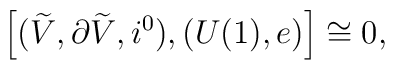
\left[ (\widetilde{V}, \partial\widetilde{V}, i^0), (U(1),    e)\right]\cong 0,